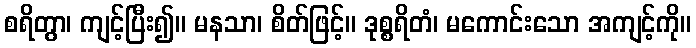
စရိတွာ၊ ကျင့်ပြီး၍။ မနသာ၊ စိတ်ဖြင့်။ ဒုစ္စရိတံ၊ မကောင်းသော အကျင့်ကို။